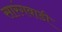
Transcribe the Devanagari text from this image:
सारंगवाडी